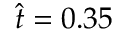
\hat { t } = 0 . 3 5